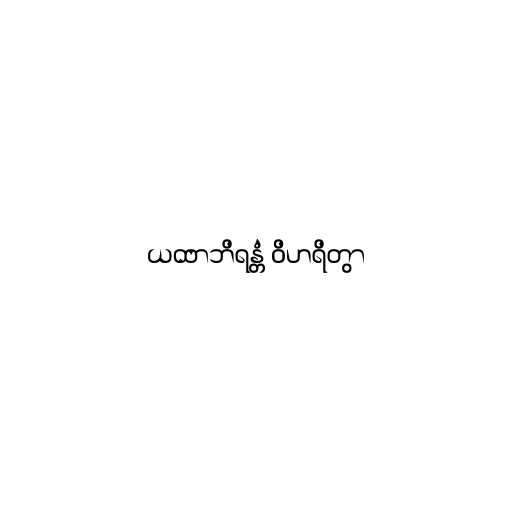
ယထာဘိရန္တံ ဝိဟရိတွာ